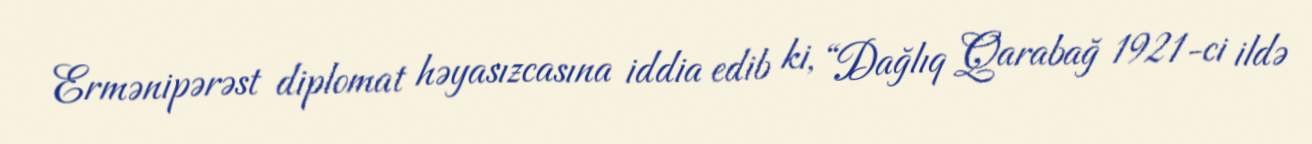
Ermənipərəst diplomat həyasızcasına iddia edib ki, “Dağlıq Qarabağ 1921-ci ildə